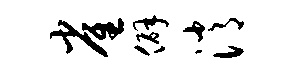
雀僻消